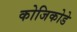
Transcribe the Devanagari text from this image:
कोजिकोडे